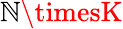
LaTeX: \mathbb{N}\timesK